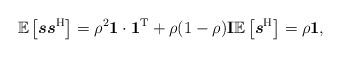
LaTeX: \begin{align*} &\mathbb{E}\left[\boldsymbol{s} \boldsymbol{s}^{\rm H}\right] = \rho^2 \textbf{1}\cdot \textbf{1}^{\rm T} + \rho(1-\rho)\mathbf{I} \mathbb{E}\left[\boldsymbol{s}^{\rm H}\right] = \rho \textbf{1},\end{align*}